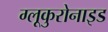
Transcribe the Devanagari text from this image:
ग्लूकुरोनाइड